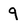
Character: 9